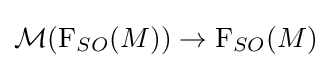
{\mathcal {M}}(\mathrm {F} _{SO}(M))\to \mathrm {F} _{SO}(M)